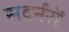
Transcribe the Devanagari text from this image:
सदर्नरों